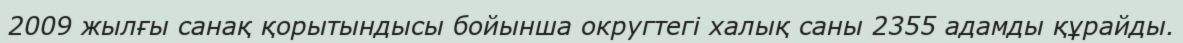
2009 жылғы санақ қорытындысы бойынша округтегі халық саны 2355 адамды құрайды.